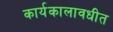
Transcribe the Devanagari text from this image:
कार्यकालावधीत